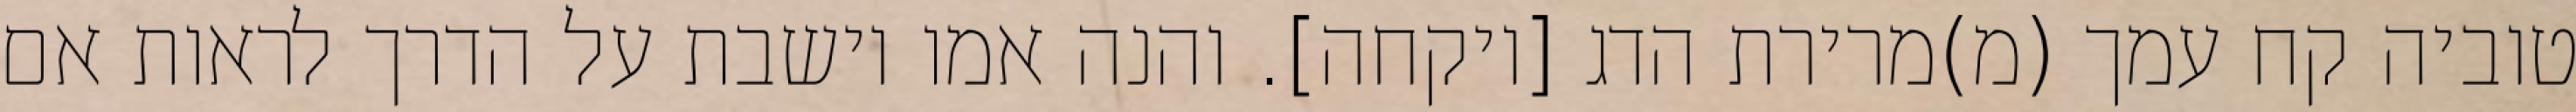
טוביה קח עמך (מ)מרירת הדג [ויקחה]. והנה אמו יושבת על הדרך לראות אם